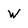
Character: w